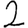
Digit: 2